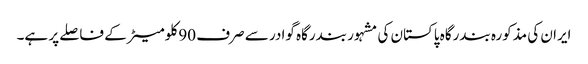
ایران کی مذکورہ بندرگاہ پاکستان کی مشہور بندرگاہ گوادر سے صرف 90 کلومیٹر کے فاصلے پر ہے۔